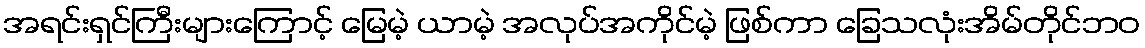
အရင်းရှင်ကြီးများကြောင့် မြေမဲ့ ယာမဲ့ အလုပ်အကိုင်မဲ့ ဖြစ်ကာ ခြေသလုံးအိမ်တိုင်ဘဝ